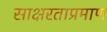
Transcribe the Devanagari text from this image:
साक्षरताप्रमाण